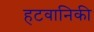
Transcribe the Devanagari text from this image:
हटवानिकी